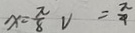
x = \frac { \pi } { 8 } V = \frac { \pi } { 4 }